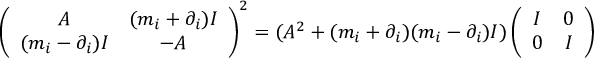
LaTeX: \left( \begin{array} { c c } { { A } } & { { ( m _ { i } + \partial _ { i } ) I } } \\ { { ( m _ { i } - \partial _ { i } ) I } } & { { - A } } \end{array} \right) ^ { 2 } = ( A ^ { 2 } + ( m _ { i } + \partial _ { i } ) ( m _ { i } - \partial _ { i } ) I ) \left( \begin{array} { c c } { { I } } & { { 0 } } \\ { { 0 } } & { { I } } \end{array} \right)